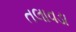
તલાવડા